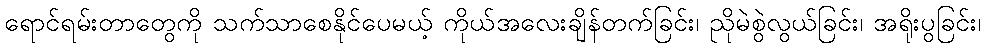
ရောင်ရမ်းတာတွေကို သက်သာစေနိုင်ပေမယ့် ကိုယ်အလေးချိန်တက်ခြင်း၊ ညိုမဲစွဲလွယ်ခြင်း၊ အရိုးပွခြင်း၊